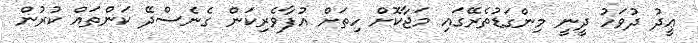
ޢީދު ދުވަހު ދީނީ މިންގަޑުތެރޭގައި މަޖާކޮށް ހިތަށް އުފާވެރިކަން ގެނެސްދޭ ކަންތައް ކުރުން